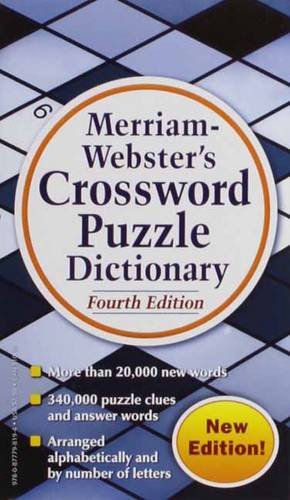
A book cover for Merriam-Webster's Crossword Puzzle Dictionary, Fourth Edition; Merriam-Webster; Humor & Entertainment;